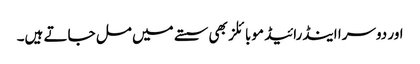
اور دوسرا اینڈرائیڈ موبائلز بھی سستے میں مل جاتے ہیں۔